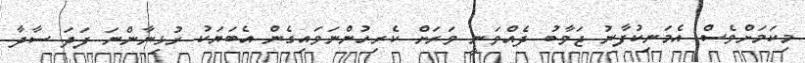
މިކަމަށްވެސް އެމަނިކުފާނު ޖަވާބު ދެއްވަނީ ވަރަށް ކެރިހުންނަވައިގެން އެބަޔަކު ރުޅިނާންނަ ފަދަ ސާދާ